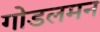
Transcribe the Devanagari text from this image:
गोडलमन